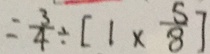
= \frac { 3 } { 4 } \div [ 1 \times \frac { 5 } { 8 } ]